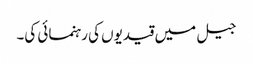
جیل میں قیدیوں کی رہنمائی کی۔